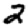
Digit: 2